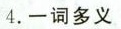
4.一词多义